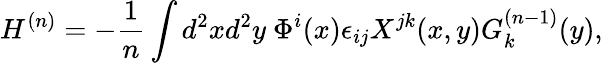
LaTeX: H^{(n)}=-\frac{1}{n}\int d^{2}xd^{2}y~\Phi^{i}(x)\epsilon_{ij}X^{jk}(x,y)G_{k}^{(n-1)}(y),